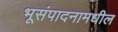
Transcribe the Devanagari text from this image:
भूसंपादनामधील